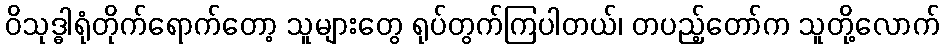
ဝိသုဒ္ဓါရုံတိုက်ရောက်တော့ သူများတွေ ရုပ်တွက်ကြပါတယ်၊ တပည့်တော်က သူတို့လောက်